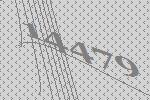
14479